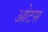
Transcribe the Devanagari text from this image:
ओटस